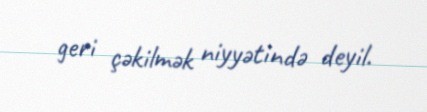
geri çəkilmək niyyətində deyil.